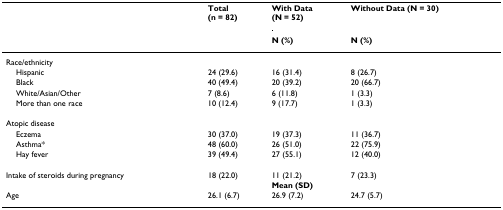
<table><thead><tr><td></td><td><b>Total(n = 82)</b></td><td><b>With Data(N = 52)</b></td><td><b>Without Data (N = 30)</b></td></tr><tr><td></td><td></td><td><b>N (%)</b></td><td><b>N (%)</b></td></tr></thead><tbody><tr><td>Race/ethnicity</td><td></td><td></td><td></td></tr><tr><td> Hispanic</td><td>24 (29.6)</td><td>16 (31.4)</td><td>8 (26.7)</td></tr><tr><td> Black</td><td>40 (49.4)</td><td>20 (39.2)</td><td>20 (66.7)</td></tr><tr><td> White/Asian/Other</td><td>7 (8.6)</td><td>6 (11.8)</td><td>1 (3.3)</td></tr><tr><td> More than one race</td><td>10 (12.4)</td><td>9 (17.7)</td><td>1 (3.3)</td></tr><tr><td>Atopic disease</td><td></td><td></td><td></td></tr><tr><td> Eczema</td><td>30 (37.0)</td><td>19 (37.3)</td><td>11 (36.7)</td></tr><tr><td> Asthma*</td><td>48 (60.0)</td><td>26 (51.0)</td><td>22 (75.9)</td></tr><tr><td> Hay fever</td><td>39 (49.4)</td><td>27 (55.1)</td><td>12 (40.0)</td></tr><tr><td>Intake of steroids during pregnancy</td><td>18 (22.0)</td><td>11 (21.2)</td><td>7 (23.3)</td></tr><tr><td></td><td></td><td><b>Mean (SD)</b></td><td></td></tr><tr><td>Age</td><td>26.1 (6.7)</td><td>26.9 (7.2)</td><td>24.7 (5.7)</td></tr></tbody></table>